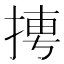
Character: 𭡌